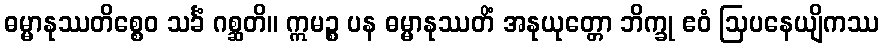
ဓမ္မာနုဿတိစ္စေဝ သင်္ခံ ဂစ္ဆတိ။ ဣမဉ္စ ပန ဓမ္မာနုဿတိံ အနုယုတ္တော ဘိက္ခု ဧဝံ ဩပနေယျိကဿ